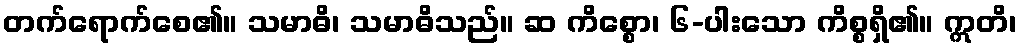
တက်ရောက်စေ၏။ သမာဓိ၊ သမာဓိသည်။ ဆ ကိစ္စော၊ ၆-ပါးသော ကိစ္စရှိ၏။ ဣတိ၊